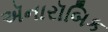
ઍનારૉબિક